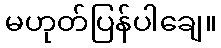
မဟုတ်ပြန်ပါချေ။